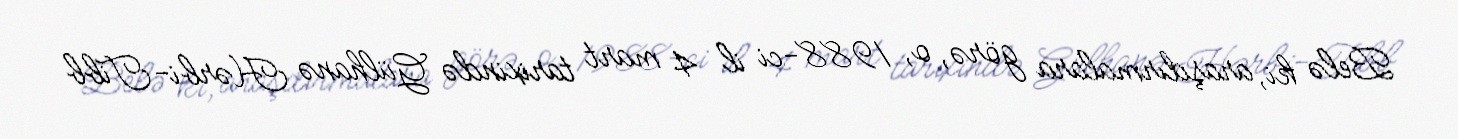
Belə ki, araşdırmalara görə, o, 1988-ci il 4 mart tarixində Gülhanə Hərbi-Tibb